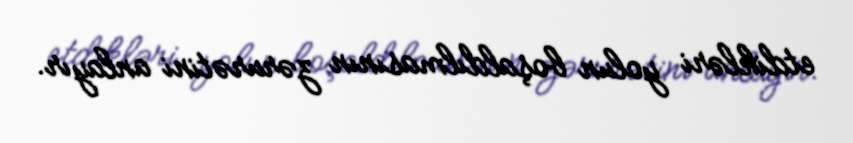
etdikləri yolun boşaldılmasının zərurətini anlayır.